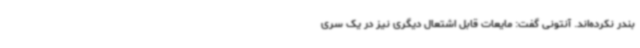
بندر نکرده‌اند. آنتونی گفت: مایعات قابل اشتعال دیگری نیز در یک سری